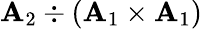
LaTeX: \mathbf{A}_{2}\div(\mathbf{A}_{1}\times\mathbf{A}_{1})